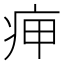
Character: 𤵭